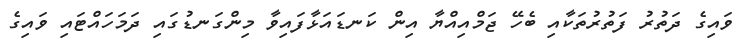
ވައިގެ ދަތުރު ފަތުރުތަކާއި ބެހޭ ޖަމްއިއްޔާ އިން ކަނޑައަޅާފައިވާ މިންގަނޑުގައި ދަމަހައްޓައި ވައިގެ